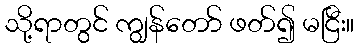
သို့ရာတွင် ကျွန်တော် ဖတ်၍ မငြီး။